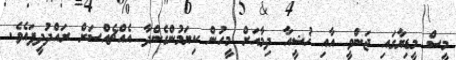
މީސް މީޑިޔާގައި ޖަންވީ އާއި ޚުޝީއާ ދިމާއަށް މީހުން ކިޔަމުންގެންދާ އެއްޗެއްސަށް ރައްދުދީފައެވެ.